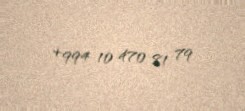
+994 10 470 81 79